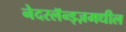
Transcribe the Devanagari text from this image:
नेदरलॅन्ड्ज़मधील